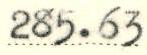
285.63